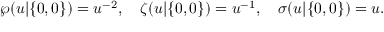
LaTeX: \wp ( u | \{ 0 , 0 \} ) = u ^ { - 2 } , \quad \zeta ( u | \{ 0 , 0 \} ) = u ^ { - 1 } , \quad \sigma ( u | \{ 0 , 0 \} ) = u .